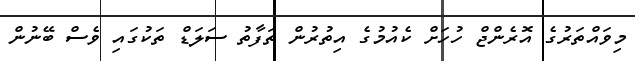
މިވައްތަރުގެ އޮރެންޖް ހުހަށް ކެއުމުގެ އިތުރުން ތަފާތު ސަލަޑް ތަކުގައި ވެސް ބޭނުން